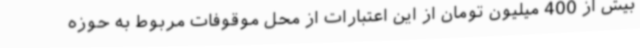
بیش از 400 میلیون تومان از این اعتبارات از محل موقوفات مربوط به حوزه